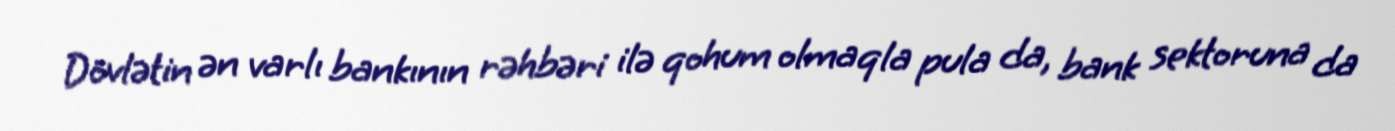
Dövlətin ən varlı bankının rəhbəri ilə qohum olmaqla pula da, bank sektoruna da